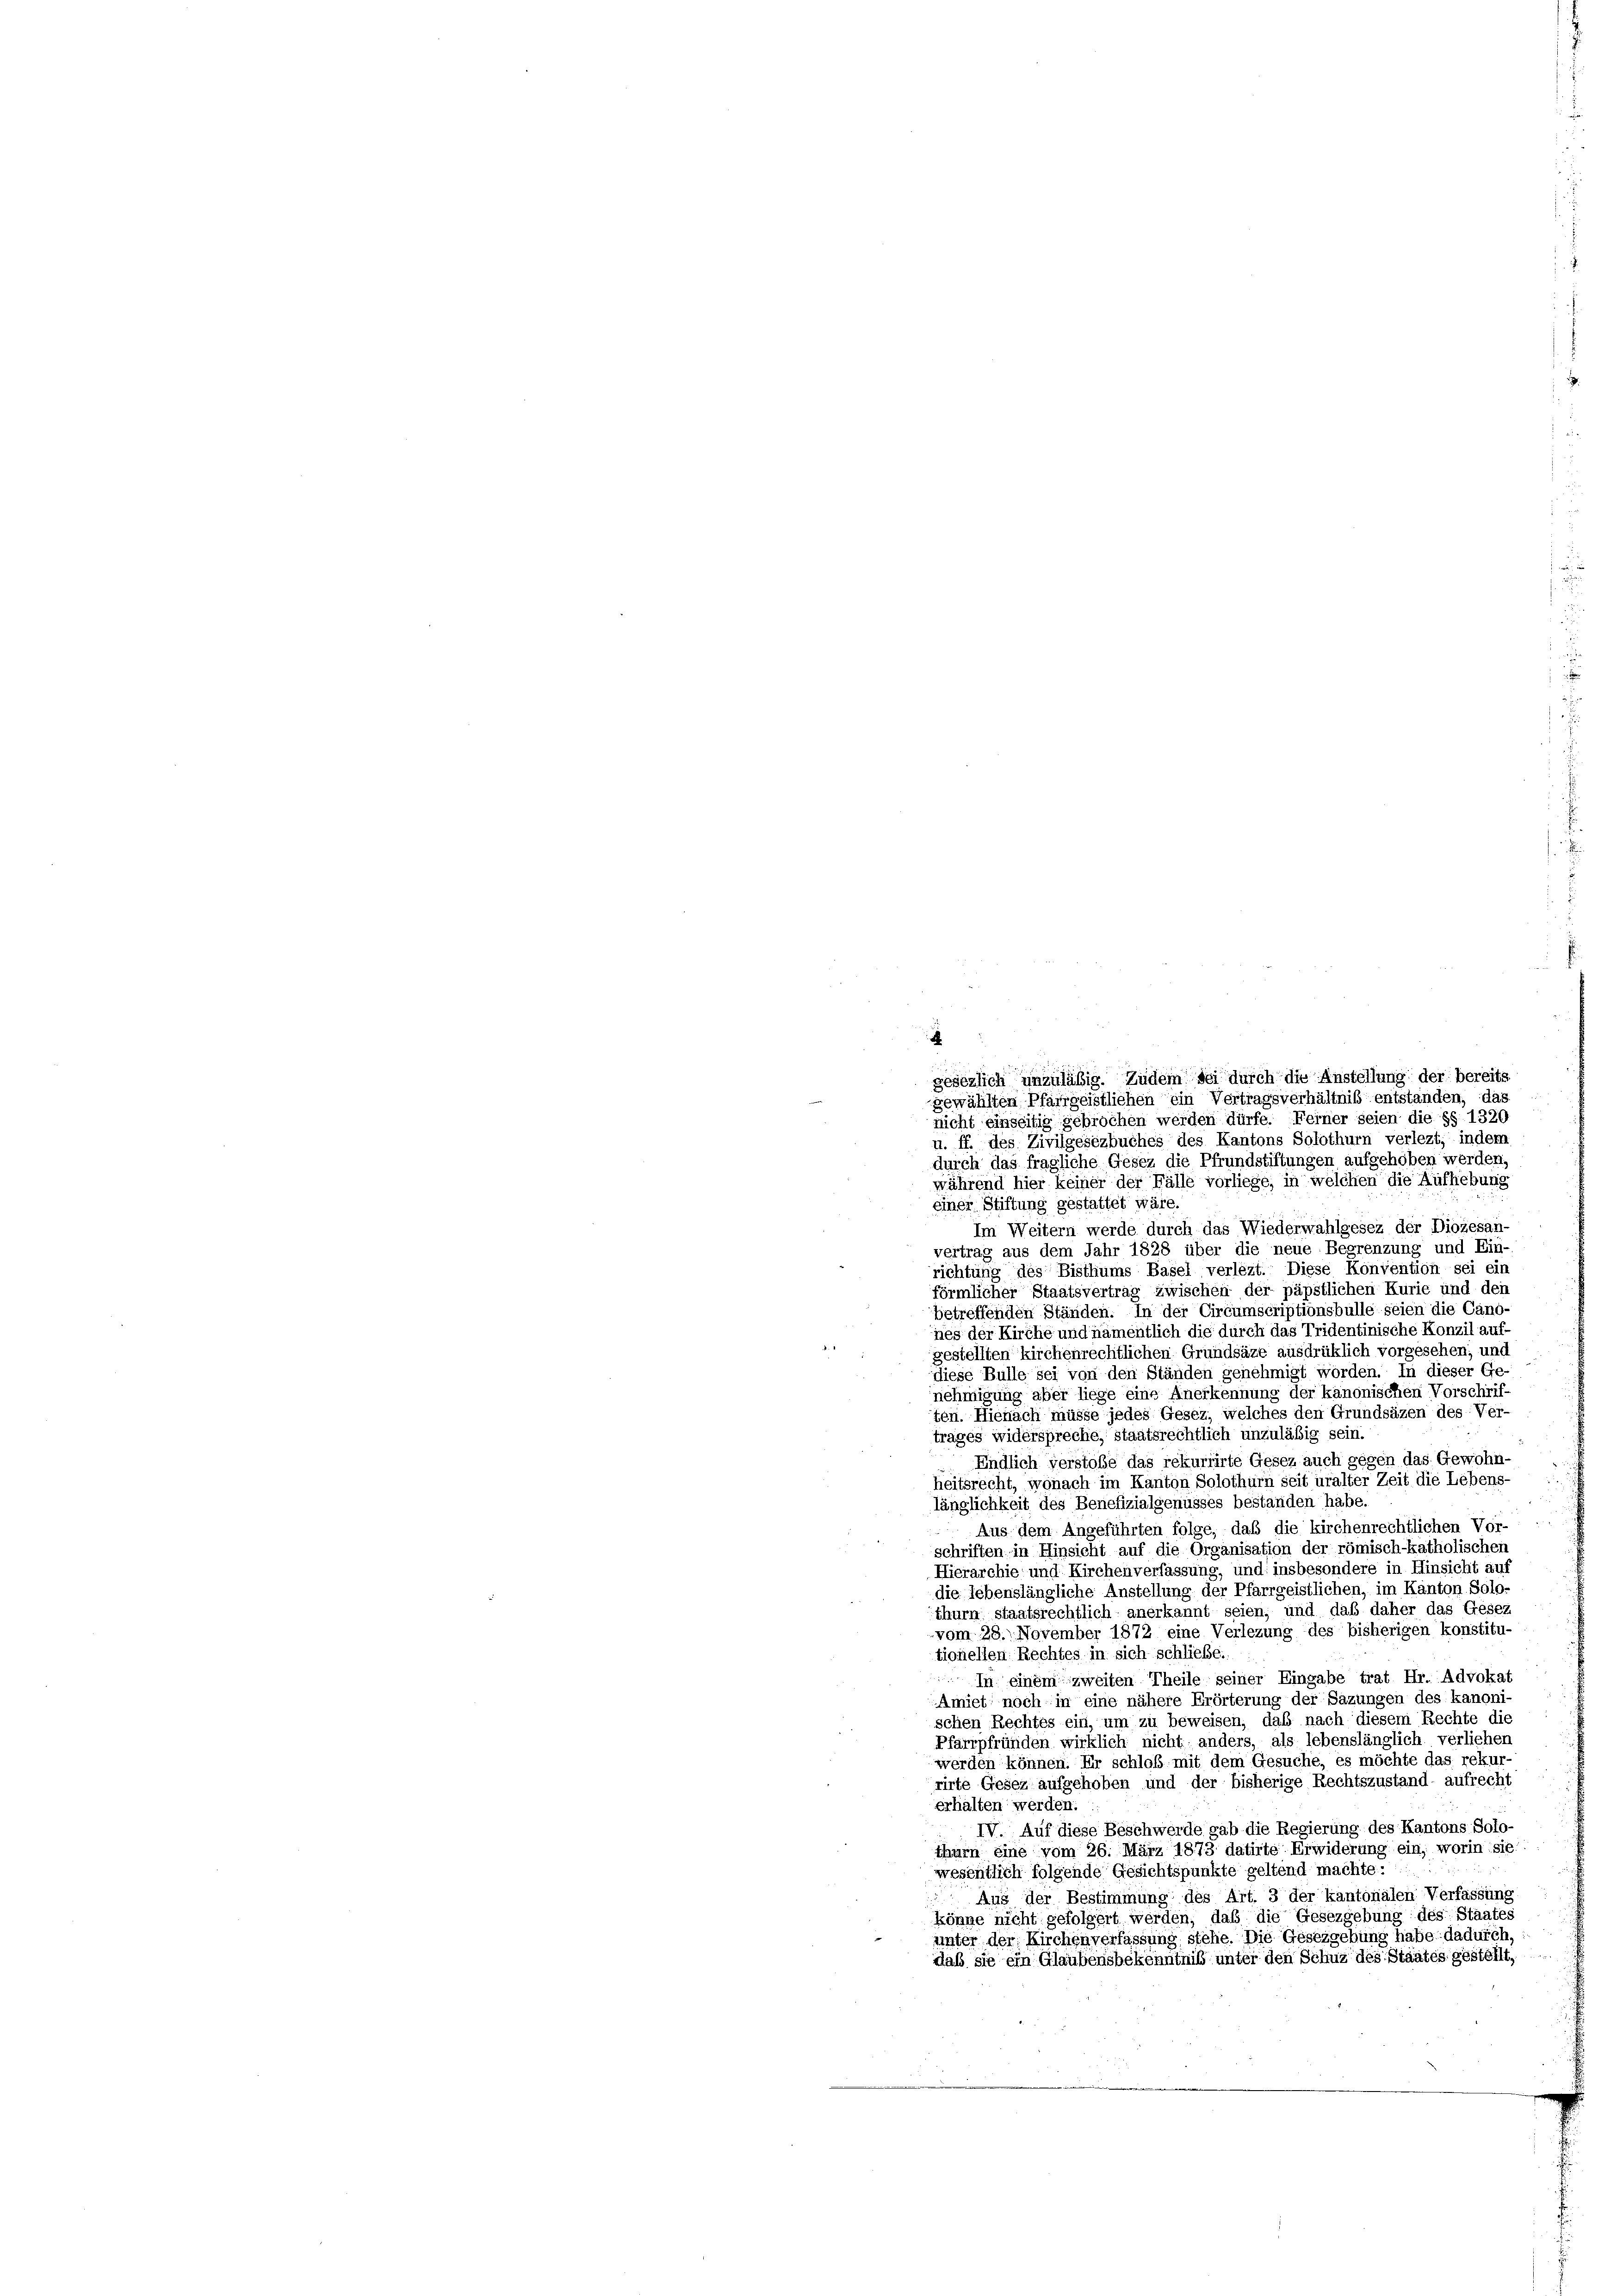
gesezlich unzuläßig. Zudem sei durch die Anstellung der bereits
gewählten Pfarrgeistliehen ein Vertragsverhältniß entstanden, das
nicht einseitig gebrochen werden dürfe. Ferner seien die §§ 1320
u. ff. des Zivilgesezbuches des Kantons Solothurn verlezt, indem
durch das fragliche Gesez die Pfrundstiftungen aufgehoben werden.
während hier keiner der Fälle vorliege, in welchen die Aufhebung
einer Stiftung gestattet wäre.
Im Weitern werde durch das Wiederwahlgesez der Diözesan-
vertrag aus dem Jahr 1828 über die neue Begrenzung und Ein-
richtung des Bisthums Basel verlezt. Diese Konvention sei ein
förmlicher Staatsvertrag zwischen der päpstlichen Kurie und dei
betreffenden Ständen. In der Circumscriptionsbülle seien die Cano-
nes der Kirche und namentlich die durch das Tridentinische Konzil auf
gestellten kirchenrechtlichen Grundsäze ausdrüklich vorgesehen; und
diese Bülle sei von den Ständen genehmigt worden. In dieser Ge-
nehmigung aber liege eine Anerkennung der kanonischen Vorschrif-
ten. Hienach müsse jedes Gesez, welches den Grundsäzen des Ver-
trages widerspreche, staatsrechtlich unzuläßig sein.
Endlich verstöße das rekurrirte Gesez auch gegen das Gewohn-
heitsrecht, wonach im Kanton Solothurn seit uralter Zeit die Lebens-
länglichkeit des Benefizialgenusses bestanden habe
Aus dem Angeführten folge, das die kirchenrechtlichen Vor-
schriften in Hinsicht auf die Organisation der römisch-katholischen
Hierarchie und Kirchenverfassung, und insbesondere in Hinsicht auf
die lebenslängliche Anstellung der Pfarrgeistlichen, im Kanton Solo-
thurn staatsrechtlich anerkannt seien, und daß daher das Gesez
vom 28. November 1872 eine Verlegung des bisherigen konstitu-
tionellen Rechtes in sich schließe.
 In einem zweiten Theile seiner Eingabe trat Hr. Advokat
Amiet noch in eine nähere Erörterung der Sazungen des kanoni-
schen Rechtes ein, um zu beweisen, daß nach diesem Rechte die
Pfarrpfründen wirklich nicht anders, als lebenslänglich verliehen
werden können. Er schloß mit dem Gesuche, es möchte das rekur-
rirte Gesez aufgehoben und der bisherige Rechtszustand - aufrecht
erhalten werden.
IV. Auf diese Beschwerde gab die Regierung des Kantons Solo-
thurn eine vom 26. März 1873 datirte Erwiderung ein, worin sie
wesentlich folgende Gesichtspunkte geltend machte:
Aus der Bestimmung des Art. 3 der kantonalen Verfassung
könne nicht gefolgert werden, daß die Gesezgebung des Staates
unter der Kirchenverfassung stehe. Die Gesetzgebung habe dadurch,
daß sie ein Glaubensbekenntniß unter den Schuz des Staates gestellt,